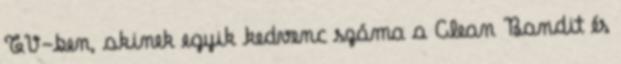
TV-ben, akinek egyik kedvenc száma a Clean Bandit és